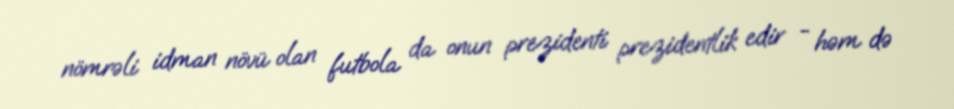
nömrəli idman növü olan futbola da onun prezidenti prezidentlik edir - həm də